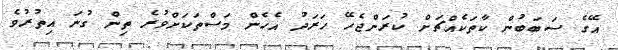
އޭގެ ސަބަބުން ކާތަކެއްޗަށް ކުރަންޖެހޭ ހަރަދު އެހެން މަސްތަކަށްވުރެ ތިން ގުނަ އިތުރުވެ